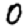
Digit: 0